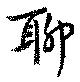
聊